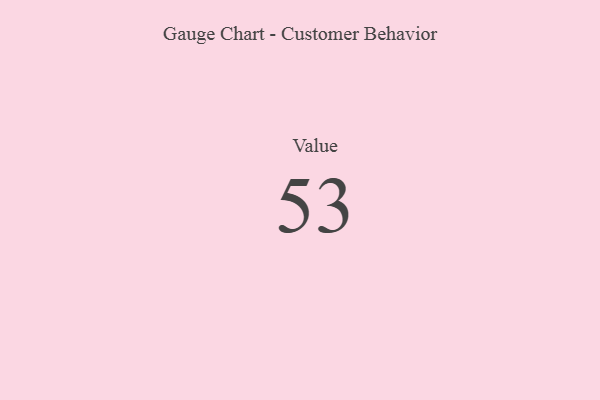
{"axis": {"x": "Metric", "y": "Value"}, "legend": [""], "data": [{"x": "Value", "y": 53, "type": ""}]}